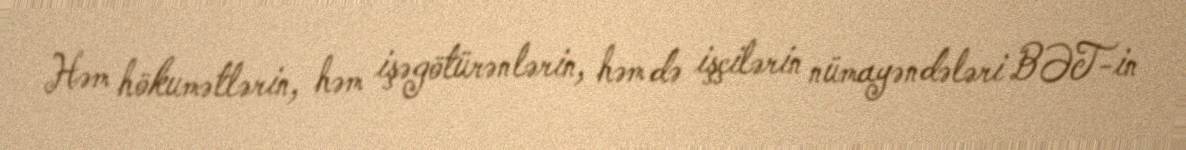
Həm hökumətlərin, həm işəgötürənlərin, həm də işçilərin nümayəndələri BƏT-in